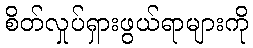
စိတ်လှုပ်ရှားဖွယ်ရာများကို